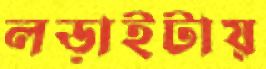
লড়াইটায়